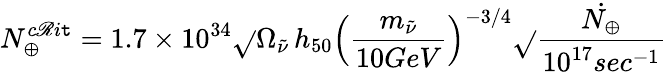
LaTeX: N_{\oplus}^{c\mathscr{R}i\mathtt{t}}=1.7\times10^{34}\sqrt{}{{\Omega_{\tilde{{\nu}}}}}\, h_{50}\left(\frac{{m_{\tilde{{\nu}}}}}{{10GeV}}\right)^{-3/4}\sqrt{}{{\frac{{\dot{{N_{\oplus}}}}}{{10^{17}sec^{-1}}}}}